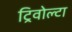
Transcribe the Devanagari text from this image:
ट्रिवोल्‍टा